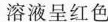
溶液呈红色